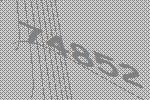
74852